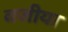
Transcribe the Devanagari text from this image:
वजीया